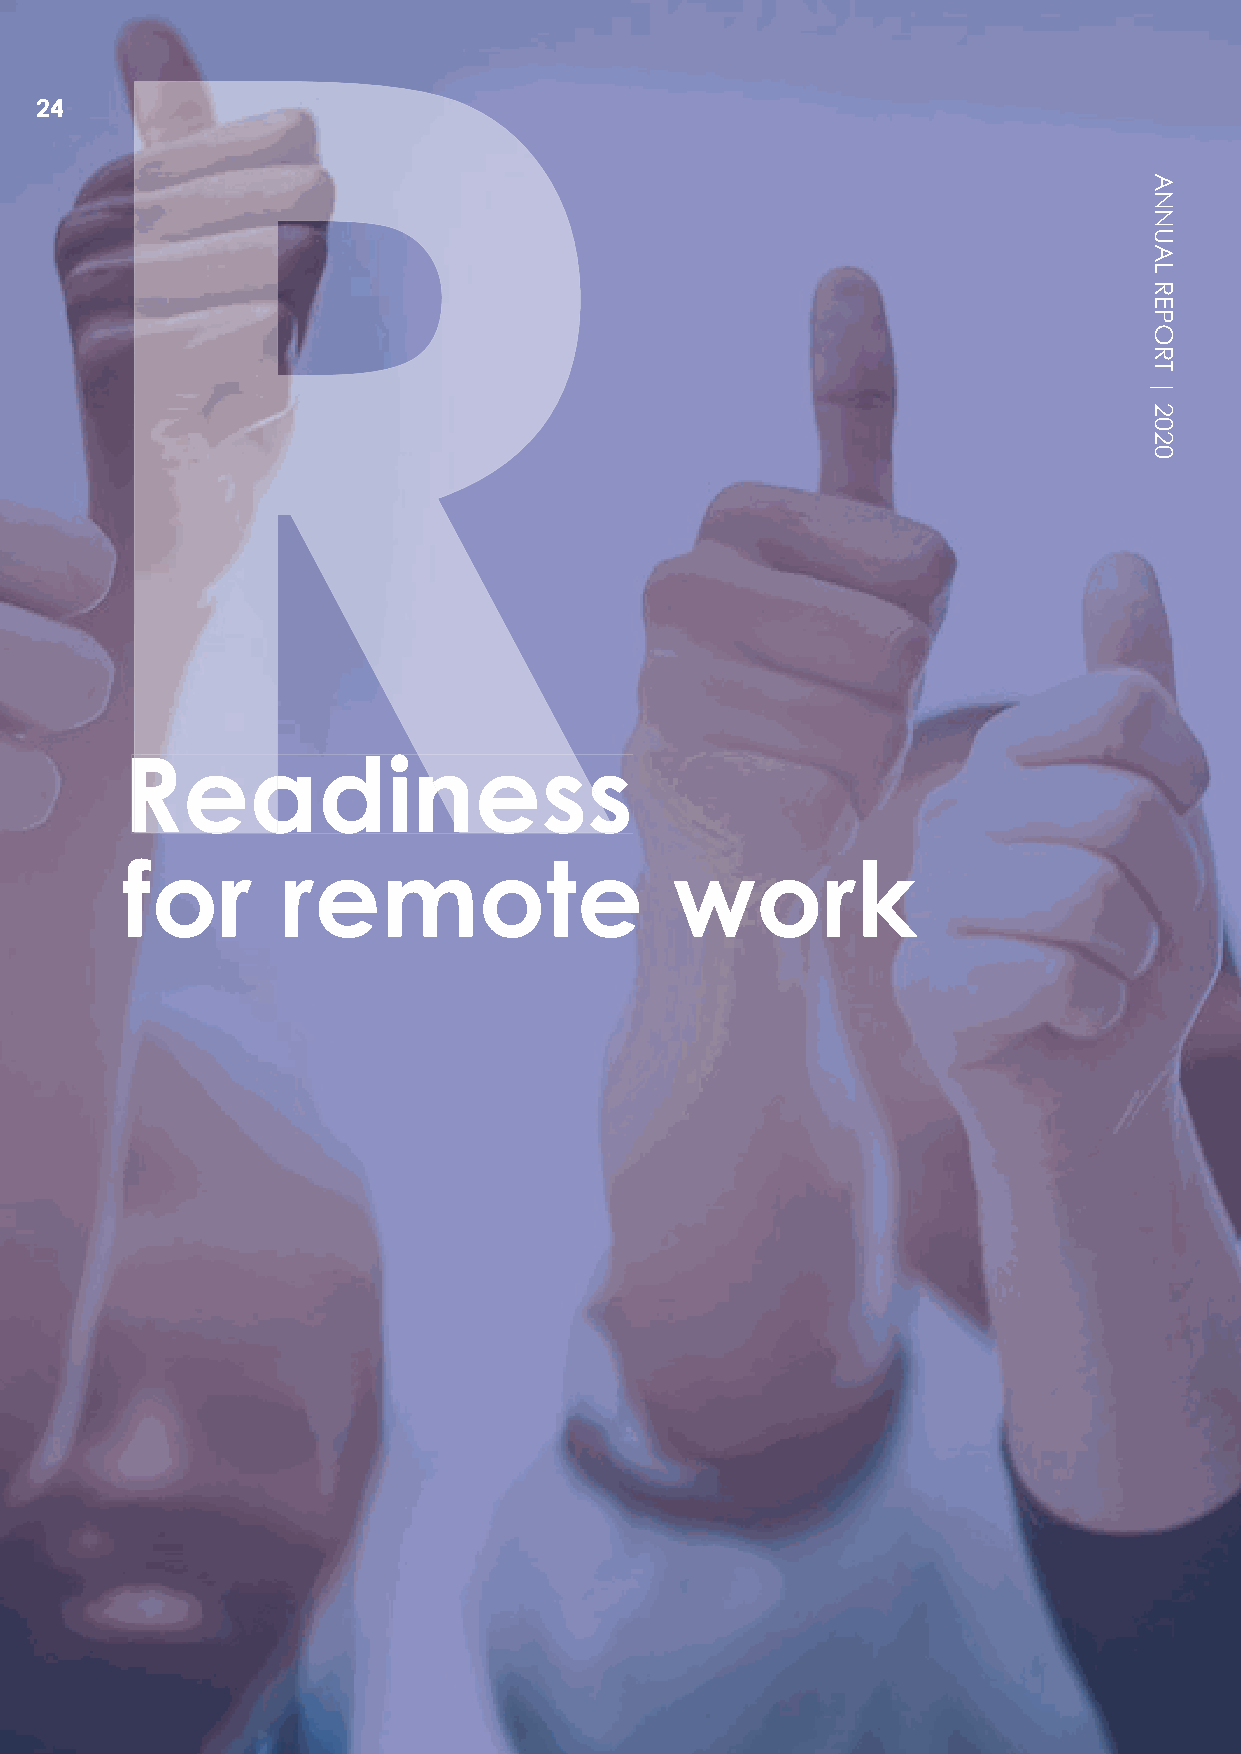
24
 RReeaaddiinneessss
 for        remote                    work
 ANNUAL
 REPORT
 |
 2020